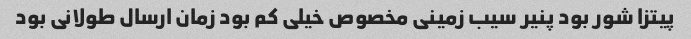
پیتزا شور بود پنیر سیب زمینی مخصوص خیلی کم بود زمان ارسال طولانی بود